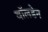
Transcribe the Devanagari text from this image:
वॉलडेन